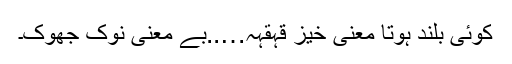
کوئی بلند ہوتا معنی خیز قہقہہ…..بے معنی نوک جھوک۔